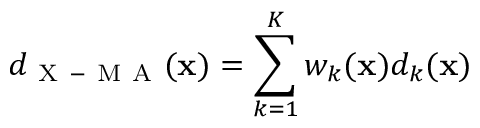
d _ { \mathrm { ~ X ~ - ~ M ~ A ~ } } ( \mathbf { x } ) = \sum _ { k = 1 } ^ { K } w _ { k } ( \mathbf { x } ) d _ { k } ( \mathbf { x } )